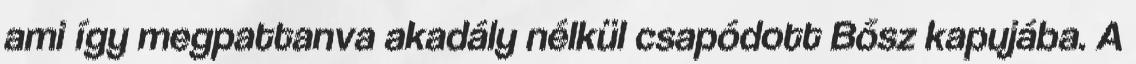
ami így megpattanva akadály nélkül csapódott Bősz kapujába. A